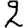
Digit: 2